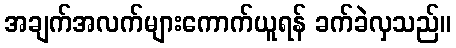
အချက်အလက်များကောက်ယူရန် ခက်ခဲလှသည်။